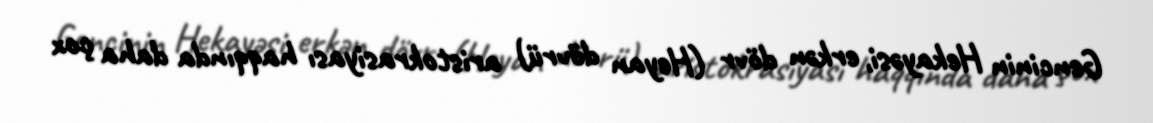
Gencinin Hekayəsi, erkən dövr (Heyan dövrü) aristokrasiyası haqqında daha çox